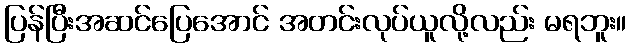
ပြန်ပြီးအဆင်ပြေအောင် အတင်းလုပ်ယူလို့လည်း မရဘူး။